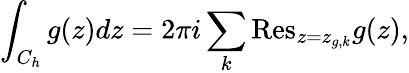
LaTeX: \int_{C_{h}}{g(z)dz}=2\pi i\sum_{k}{\mathrm{Res}}_{z=z_{g,k}}g(z),